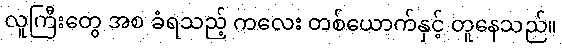
လူကြီးတွေ အစ ခံရသည့် ကလေး တစ်ယောက်နှင့် တူနေသည်။